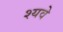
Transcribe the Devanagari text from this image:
श्यवे